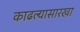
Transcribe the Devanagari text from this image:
काढल्यासारखा